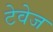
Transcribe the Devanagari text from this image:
टेवेज